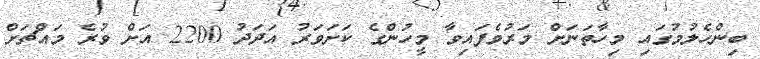
ބިންހެލުމުގައި މިހާތަނަށް މަރުވެފައިވާ މީހުންގެ ކަށަވަރު އަދަދު 2200 އަށް ވުރެ މައްޗަށް